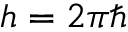
h = 2 \pi \hbar